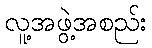
လူ့အဖွဲ့အစည်း